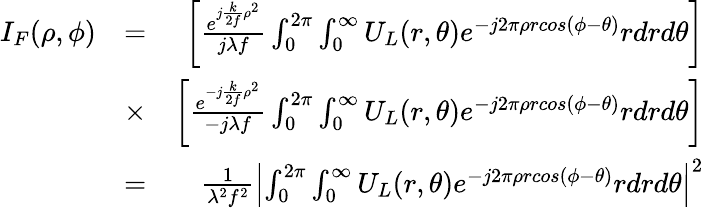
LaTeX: \begin{array}{rlr}{I_{F}(\rho,\phi)}&{=}&{\left[\frac{e^{j\frac{k}{2f}\rho^{2}}}{j\lambda f}\int_{0}^{2\pi}\int_{0}^{\infty}U_{L}(r,\theta)e^{-j2\pi\rho rcos(\phi-\theta)}rdrd\theta\right]}\\ &{\times}&{\left[\frac{e^{-j\frac{k}{2f}\rho^{2}}}{-j\lambda f}\int_{0}^{2\pi}\int_{0}^{\infty}U_{L}(r,\theta)e^{-j2\pi\rho rcos(\phi-\theta)}rdrd\theta\right]}\\ &{=}&{\frac{1}{\lambda^{2}f^{2}}\left|\int_{0}^{2\pi}\int_{0}^{\infty}U_{L}(r,\theta)e^{-j2\pi\rho rcos(\phi-\theta)}rdrd\theta\right|^{2}}\end{array}